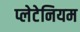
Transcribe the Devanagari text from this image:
प्लेटेनियम